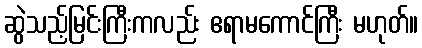
ဆွဲသည့်မြင်းကြီးကလည်း ဧရာမကောင်ကြီး မဟုတ်။